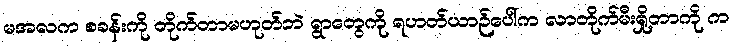
မအလက စခန်းကို တိုက်တာမဟုတ်ဘဲ ရွာတွေကို ရဟတ်ယာဉ်ပေါ်က လာတိုက်မီးရှို့တာကို က